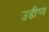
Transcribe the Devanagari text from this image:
उडीष्य